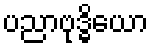
ပညာဗုဒ္ဓိယော